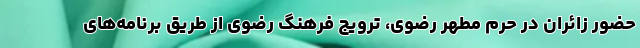
حضور زائران در حرم مطهر رضوی، ترویج فرهنگ رضوی از طریق برنامه‌های